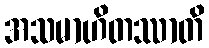
အသမာဟိတဿာတိ